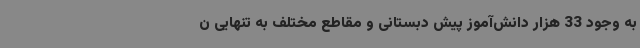
به وجود 33 هزار دانش‌آموز پیش‌ دبستانی و مقاطع مختلف به‌ تنهایی ن